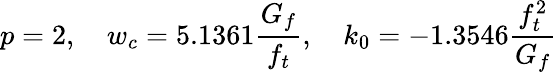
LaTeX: p=2,\quad w_{c}=5.1361\frac{G_{f}}{f_{t}},\quad k_{0}=-1.3546\frac{f_{t}^{2}}{G_{f}}